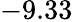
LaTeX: -9.33